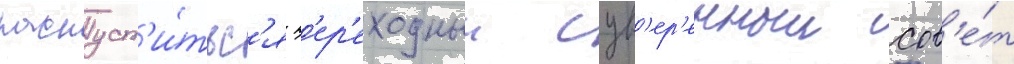
распуст'и́тьс'я п'ер'еходныи сув'ер'енныи сов'е́т